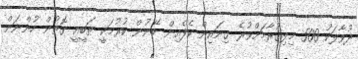
ދުވާލަކު 500 މިލިގުރާމަށްވުރެ ގިނައިން ކެފެއިން ބޭނުން ކުރުމަކީ ޠަބީޢީ ގޮތުން ހުންނަން